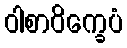
ဝါစာဝိက္ခေပံ